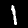
Label: 1